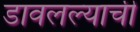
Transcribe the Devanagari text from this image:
डावलल्याची